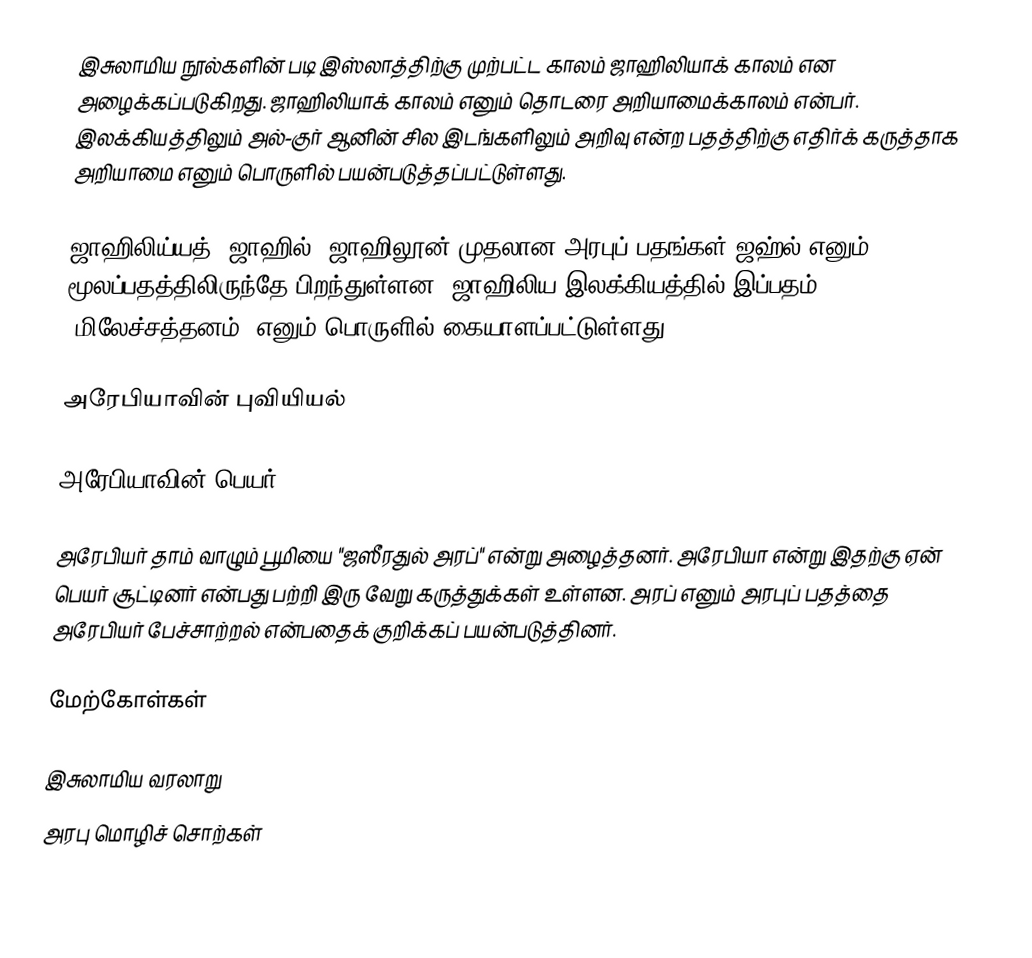
இசுலாமிய நூல்களின் படி இஸ்லாத்திற்கு முற்பட்ட காலம் ஜாஹிலியாக் காலம் என அழைக்கப்படுகிறது. ஜாஹிலியாக் காலம் எனும் தொடரை அறியாமைக்காலம் என்பர். இலக்கியத்திலும் அல்-குர் ஆனின் சில இடங்களிலும் அறிவு என்ற பதத்திற்கு எதிர்க் கருத்தாக அறியாமை எனும் பொருளில் பயன்படுத்தப்பட்டுள்ளது.

ஜாஹிலிய்யத், ஜாஹில், ஜாஹிலூன் முதலான அரபுப் பதங்கள் ஜஹ்ல் எனும் மூலப்பதத்திலிருந்தே பிறந்துள்ளன. ஜாஹிலிய இலக்கியத்தில் இப்பதம் "மிலேச்சத்தனம்" எனும் பொருளில் கையாளப்பட்டுள்ளது.

அரேபியாவின் புவியியல்

அரேபியாவின் பெயர்

அரேபியர் தாம் வாழும் பூமியை "ஜஸீரதுல் அரப்" என்று அழைத்தனர். அரேபியா என்று இதற்கு ஏன் பெயர் சூட்டினர் என்பது பற்றி இரு வேறு கருத்துக்கள் உள்ளன. அரப் எனும் அரபுப் பதத்தை அரேபியர் பேச்சாற்றல் என்பதைக் குறிக்கப் பயன்படுத்தினர்.

மேற்கோள்கள்

இசுலாமிய வரலாறு
அரபு மொழிச் சொற்கள்